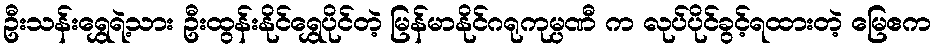
ဦးသန်းရွှေရဲ့သား ဦးထွန်းနိုင်ရွှေပိုင်တဲ့ မြန်မာနိုင်ဂရုကုမ္ပဏီ က လုပ်ပိုင်ခွင့်ရထားတဲ့ မြေဧက